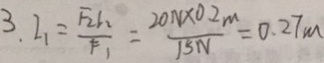
3 . 2 、 = \frac { F _ { 2 } r _ { 2 } } { F _ { 1 } } = \frac { 2 0 N \times 0 . 2 m } { 1 5 N } = 0 . 2 7 m